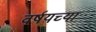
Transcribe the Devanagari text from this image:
वर्षयच्या